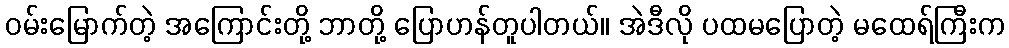
ဝမ်းမြောက်တဲ့ အကြောင်းတို့ ဘာတို့ ပြောဟန်တူပါတယ်။ အဲဒီလို ပထမပြောတဲ့ မထေရ်ကြီးက